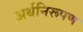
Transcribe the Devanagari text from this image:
अर्थनिरूपण